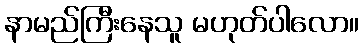
နာမည်ကြီးနေသူ မဟုတ်ပါလော။